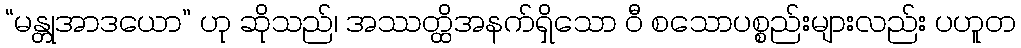
“မန္တုအာဒယော” ဟု ဆိုသည်၊ အဿတ္ထိအနက်ရှိသော ဝီ စသောပစ္စည်းများလည်း ပဟူတ